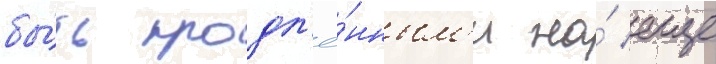
бы́ть продл'ё́нным'и на́ еще